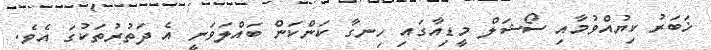
ޚަބަރު ކިޔުއްވުމާއި ސޯޝަލް މީޑިއާގައި ހިނގާ ކަންކަން ބައްލަވަނީ އެ ދަތުރުތަކުގަ އެވެ.